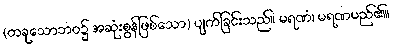
(တခုသောဘဝ၌ အဆုံးစွန်ဖြစ်သော) ပျက်ခြင်းသည်။ မရဏံ၊ မရဏမည်၏။